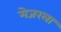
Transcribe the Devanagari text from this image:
मेजरला